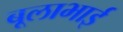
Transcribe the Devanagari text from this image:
बूलाभाई